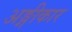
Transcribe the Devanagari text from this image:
अङ्गीकार